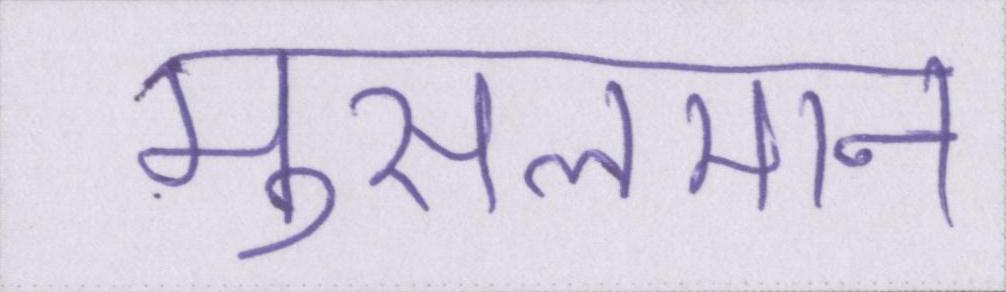
मुसलमान